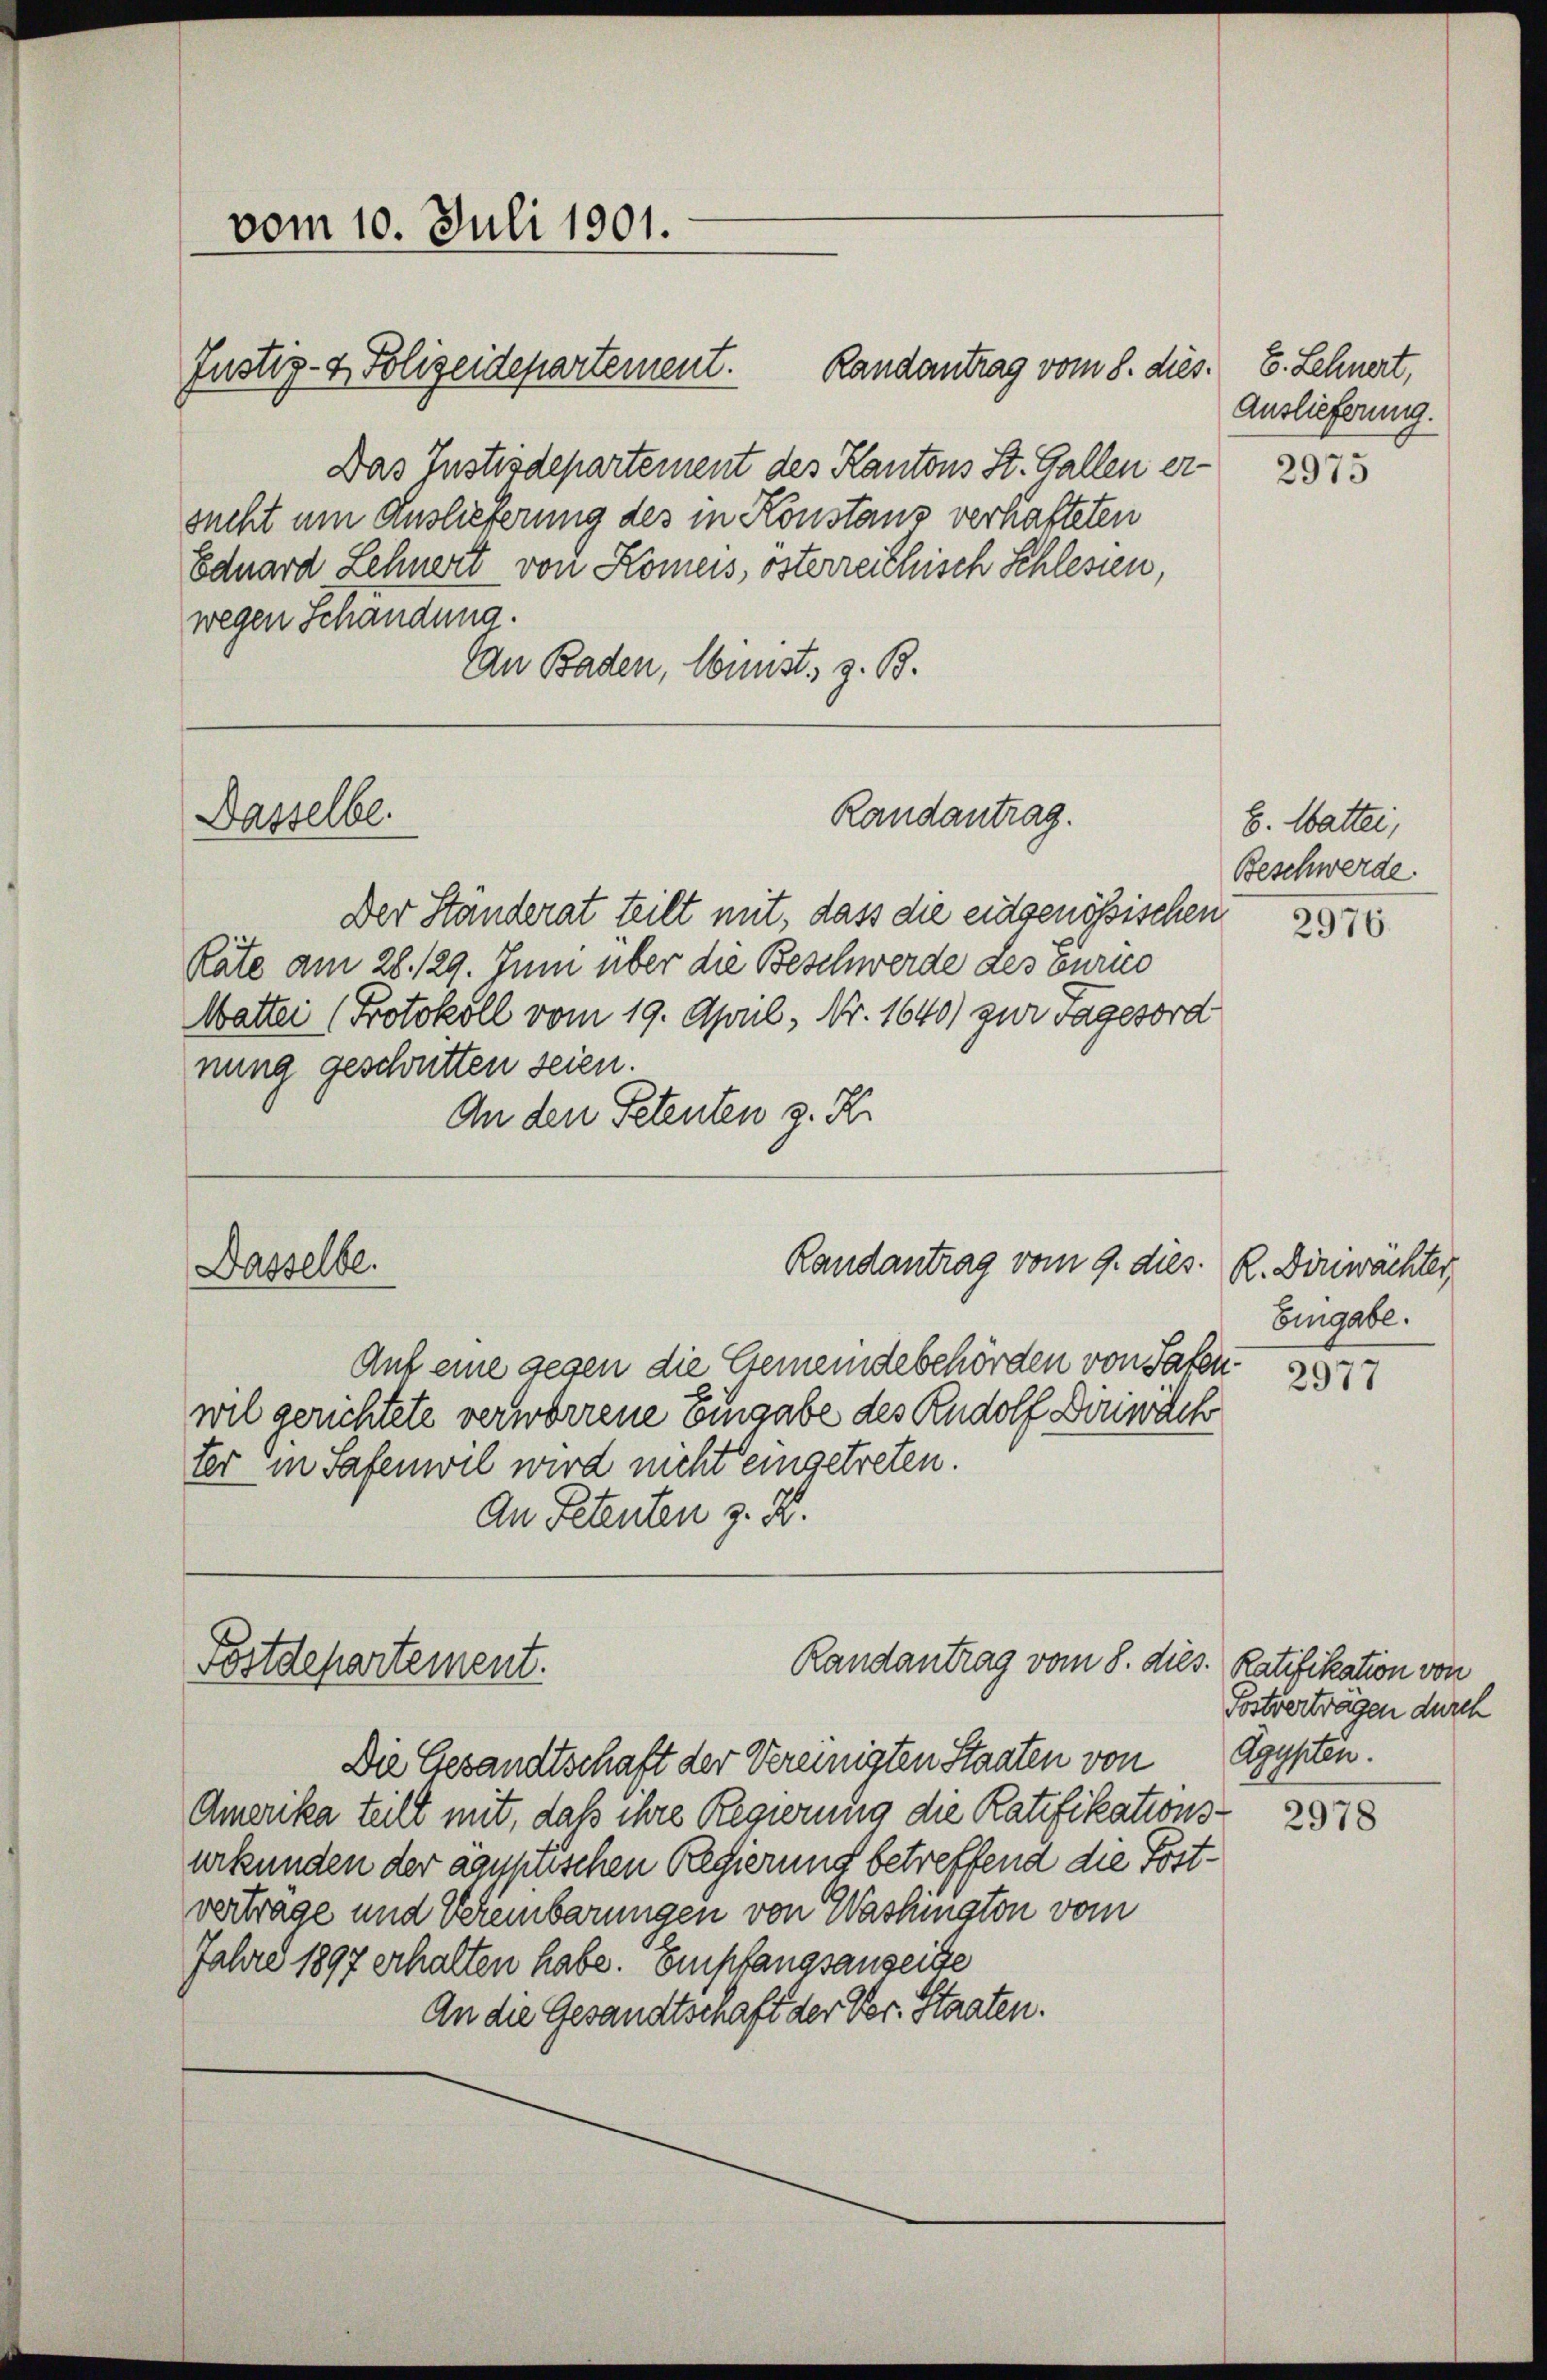
vom 10. Juli 1901.

Randantrag vom 8. dies. E. Sehnert,
Das Justizdepartement des Kantons St. Gallen er-
sucht um Auslieferung des in Konstaus verhafteten
Eduard Lehnert von Komers, osterreichisch Schlesien,
wegen Schandung.
Can Baden, Wunst, z. B.

Dasselbe.

Der Ständerat teilt mit, dass die eidgenössischen 275
Räte am 28. 129. Juni über die Beschwerde des Curico
Matter (Protokoll vom 19. April, Nr. 1640) zur Tagesord
nung geschütten seien.
An den Petenten z. B.

Dasselbe.

Justiz- & Polizeidepartement.

Randantrag.

Randantrag vom 9. dies. R. Diriwächter,

Randantrag vom 8. die
Postdepartement.

Auslieferung.

E. Watter,
Beschwerde.

Auf eine gegen die Gemeindebehörden von Hafenwil gerichtete verworrene Eingabe des Rudolf Deiwach
ter in Safenwil wird nicht eingetreten.
An Petenten z. B.

Die Gesandtschaft der Vereinigten Staaten von
Amerika teilt mit, daß ihre Regierung die Ratifikationsurkunden der agyptischen Regierung betreffend die Postvertrage und Vereinbarungen von Washington vom
Jahre 1897 erhalten habe. Empfangsanseite
An die Gesandtschaft der Vor- Staaten.

2973

Eingabe.

2977

3. Ratifikation von
Postverträgen durch
Agasten.
2978